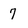
Character: 7